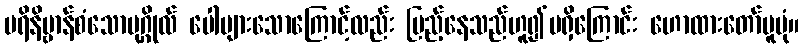
ပရိနိဗ္ဗာန်စံသောပုဂ္ဂိုလ် ပေါများသောကြောင့်လည်း ပြည့်နေသည်ဟူ၍မရှိကြောင်း ဟောထားတော်မူပုံ။